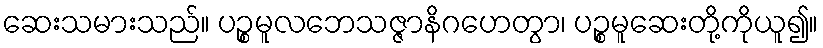
ဆေးသမားသည်။ ပဉ္စမူလဘေသဇ္ဇာနိဂဟေတွာ၊ ပဉ္စမူဆေးတို့ကိုယူ၍။